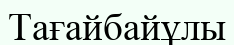
Тағайбайұлы